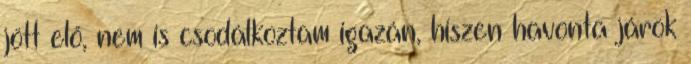
jött elő, nem is csodálkoztam igazán, hiszen havonta járok